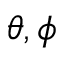
\theta , \phi